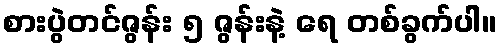
စားပွဲတင်ဇွန်း ၅ ဇွန်းနဲ့ ရေ တစ်ခွက်ပါ။